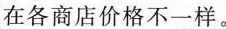
在各商店价格不一样。